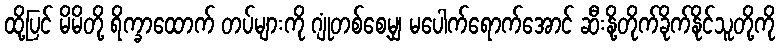
ထို့ပြင် မိမိတို့ ရိက္ခာထောက် တပ်များကို ဂျုံတစ်စေ့မျှ မပေါက်ရောက်အောင် ဆီးနို့တိုက်ခိုက်နိုင်သူတို့ကို